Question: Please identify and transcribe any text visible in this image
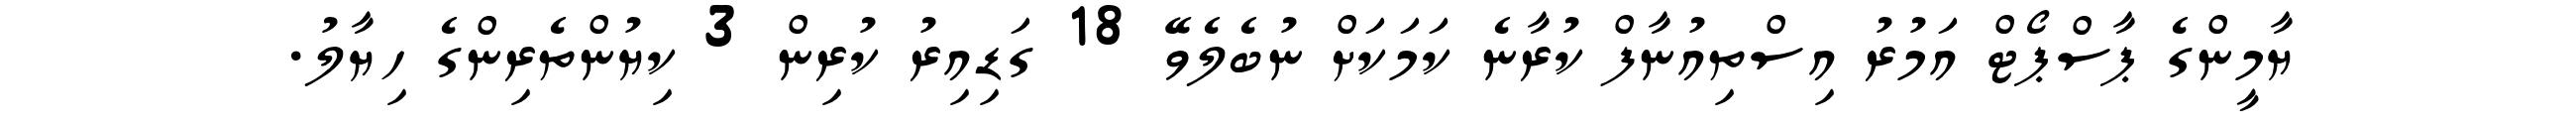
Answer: ޔާމީންގެ ޕާސްޕޯޓް އަމުރު އިސްތިއުނާފް ކުރާނެ ކަމަކަށް ނުބެލެވޭ 18 ގަޑިއިރު ކުރިން 3 ކިޔުންތެރިންގެ ހިޔާލު.